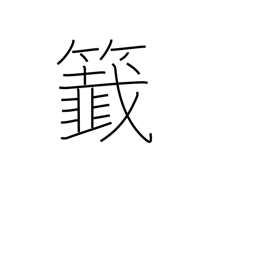
Meaning: lottery